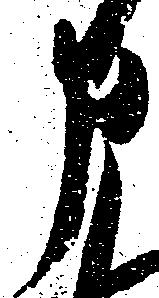
申